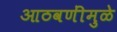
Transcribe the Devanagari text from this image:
आठवणींमुळे